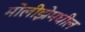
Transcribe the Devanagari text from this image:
मोलीझेमधील